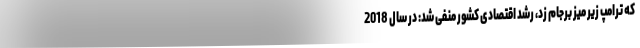
که ترامپ زیر میز برجام زد، رشد اقتصادی کشور منفی شد: در سال 2018